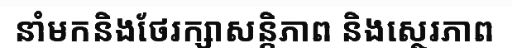
នាំមកនិងថែរក្សាសន្តិភាព និងស្ថេរភាព